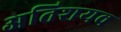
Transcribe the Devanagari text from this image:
अतिशयव